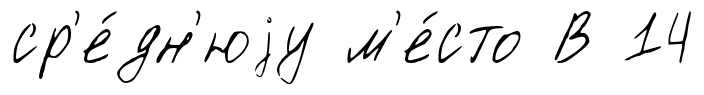
ср'е́дн'юjу м'е́сто В 14